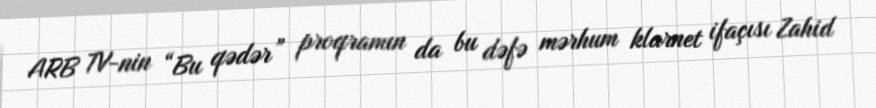
ARB TV-nin “Bu qədər” proqramın da bu dəfə mərhum klarnet ifaçısı Zahid